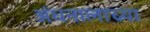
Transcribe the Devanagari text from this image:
अंधनालाच्या